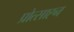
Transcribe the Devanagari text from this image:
प्रोत्साह्न